Civil Veterinary Dept. Bombay admin report 1907-1913 - 1907-1913
Year: 1907
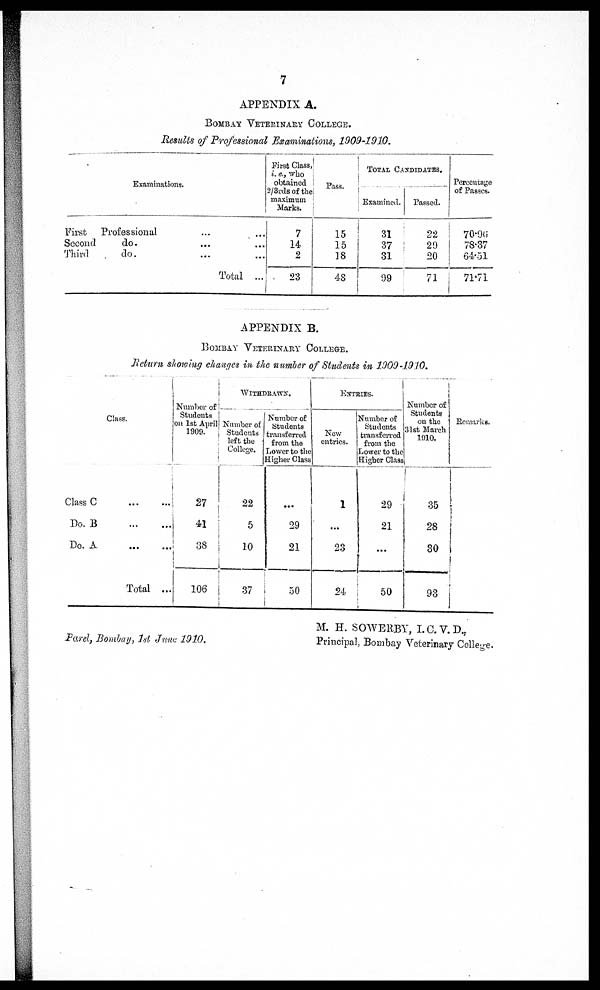
7
APPENDIX A.
Bombay Veterinary College.
Results of Professional Examinations, 1909-1910.
Examinations.
First Professional ... ...
Second
do. ... ...
Third
do. ... ...
Total ...
First Class,
i. e., who
obtained
2/3rds of the
maximum
Marks.
7
14
2
23
Pass.
15
15
]8
48
Total Candidates.
Examined.
31
37
31
99
Passed.
22
29
20
71
Percentage
of Passes.
70.96
78.37
64.51
71.71
APPENDIX B.
Bombay Veterinary College.
Return showing chanpes in the number of Students in 1909-19.10.
Class.
Class C ... ...
Do. B ... ...
Do. A
...
...
Total ...
Withdrawn.
|
Number of
Students
on 1st April
1909.
27
41
38
106
Number of
Students |
left the
College.
22
5
10
37
Number of
Students
transferred
from the
Lower to the
Higher Class
...
29
21
50
Entries.
New
entries.
1
...
23
24
Number of
Students
transferred
from the
Lower to the
Higher Class
29
21
...
50
Number of
Students 1
on the
31st March. |
1910.
...
28
30
93
Remarks.
Parel, Bombay, 1st June 1910.
M. H. SOWERBY, I.C.V.D.,
Principal, Bombay Veterinary College.